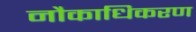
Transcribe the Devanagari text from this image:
नौकाधिकरण